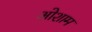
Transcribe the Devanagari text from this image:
ओशाम